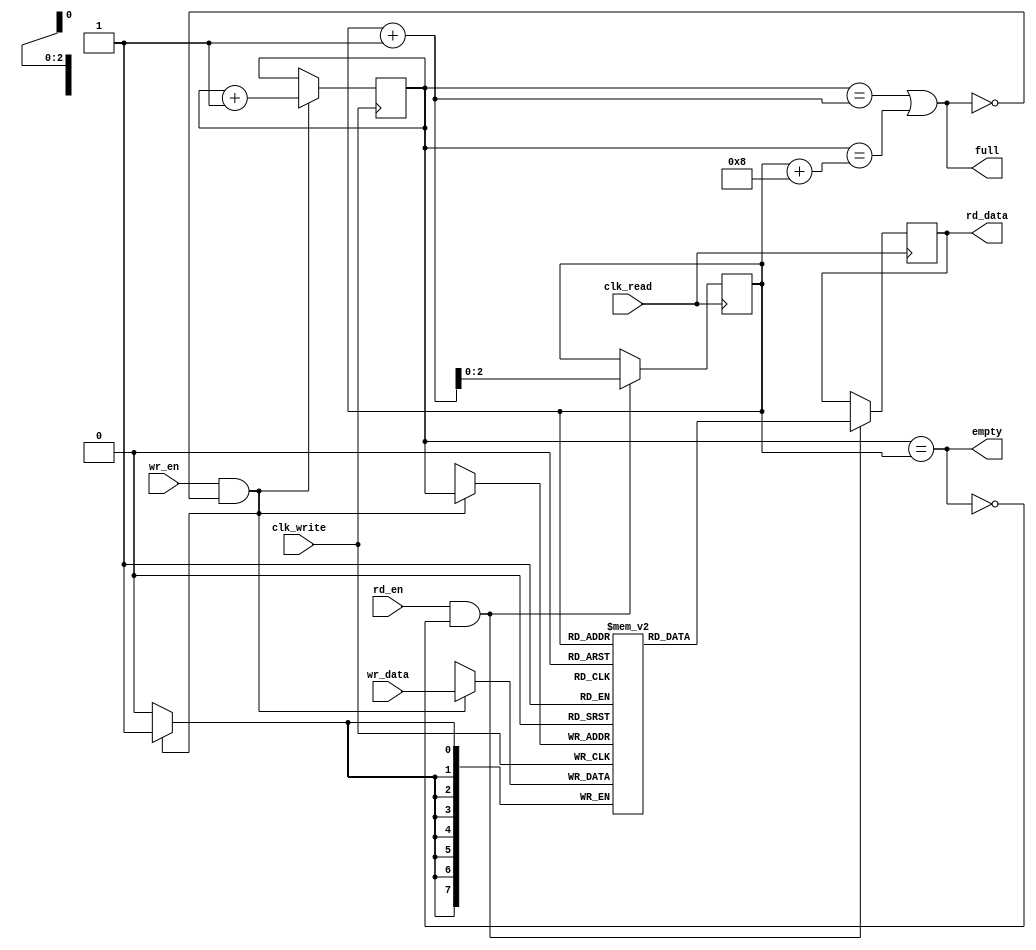
module synchronous_fifo (
  input wire clk_write,        // Write clock signal
  input wire wr_en,            // Write-enable signal
  input wire [7:0] wr_data,    // Data to be written
  input wire clk_read,         // Read clock signal
  input wire rd_en,            // Read-enable signal
  output wire [7:0] rd_data,   // Data read from FIFO
  output wire empty,           // Empty flag
  output wire full             // Full flag
);

reg [7:0] fifo [0:7];   // FIFO buffer with 8 slots
reg [2:0] wr_ptr, rd_ptr;   // Write and read pointers

always @(posedge clk_write) begin
  if (wr_en && !full) begin
    fifo[wr_ptr] <= wr_data;
    wr_ptr <= wr_ptr + 1;
  end
end

always @(posedge clk_read) begin
  if (rd_en && !empty) begin
    rd_data <= fifo[rd_ptr];
    rd_ptr <= rd_ptr + 1;
  end
end

assign empty = wr_ptr == rd_ptr;
assign full = (wr_ptr == rd_ptr + 1) || (wr_ptr == rd_ptr + 8);

endmodule